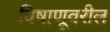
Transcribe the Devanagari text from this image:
विषाणूवरील